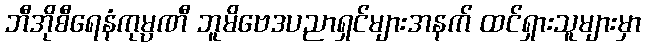
ဘီအိုစီရေနံကုမ္ပဏီ ဘူမိဗေဒပညာရှင်များအနက် ထင်ရှားသူများမှာ